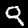
Digit: 9